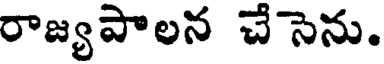
రాజ్యపాలన చేసెను.